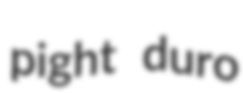
pight duro